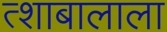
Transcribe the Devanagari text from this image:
त्शाबालाला